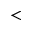
<